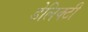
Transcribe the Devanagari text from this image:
डेलिक्टी